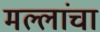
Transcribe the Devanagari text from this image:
मल्लांचा